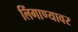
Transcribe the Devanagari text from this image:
लिंगाण्यावर